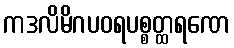
ကဒလိမိဂပဝရပစ္စတ္ထရဏေ